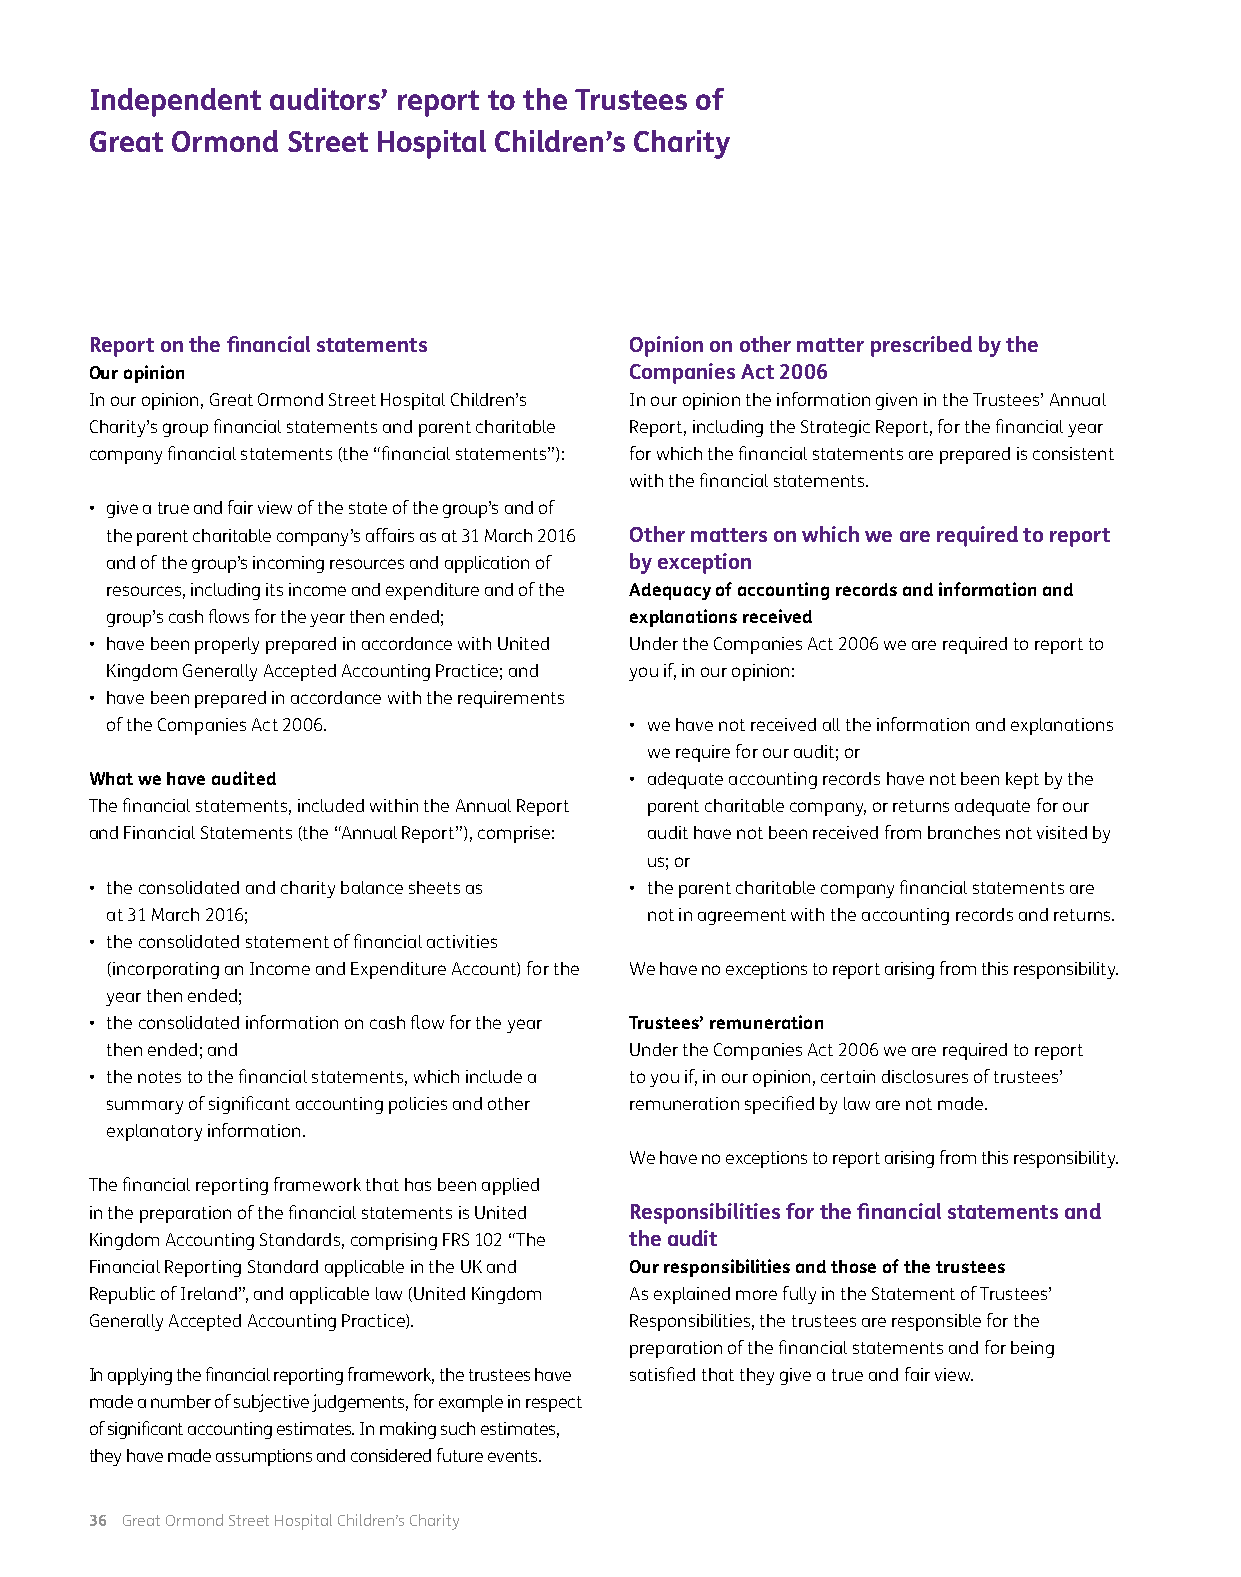
Independent auditors’ report to the Trustees of
 Great Ormond Street Hospital Children’s Charity
 Report on the financial statements  Opinion on other matter prescribed by the
 Our opinion                         Companies Act 2006
 In our opinion, Great Ormond Street Hospital Children’s In our opinion the information given in the Trustees’ Annual
 Charity’s group financial statements and parent charitable Report, including the Strategic Report, for the financial year
 company financial statements (the “financial statements”): for which the financial statements are prepared is consistent
 with the financial statements.
 • give a true and fair view of the state of the group’s and of
 the parent charitable company’s affairs as at 31 March 2016 Other matters on which we are required to report
 and of the group’s incoming resources and application of by exception
 resources, including its income and expenditure and of the Adequacy of accounting records and information and
 group’s cash flows for the year then ended; explanations received
 • have been properly prepared in accordance with United Under the Companies Act 2006 we are required to report to
 Kingdom Generally Accepted Accounting Practice; and you if, in our opinion:
 • have been prepared in accordance with the requirements
 of the Companies Act 2006.         • we have not received all the information and explanations
 we require for our audit; or
 What we have audited                • adequate accounting records have not been kept by the
 The financial statements, included within the Annual Report parent charitable company, or returns adequate for our
 and Financial Statements (the “Annual Report”), comprise: audit have not been received from branches not visited by
 us; or
 • the consolidated and charity balance sheets as • the parent charitable company financial statements are
 at 31 March 2016;                   not in agreement with the accounting records and returns.
 • the consolidated statement of financial activities
 (incorporating an Income and Expenditure Account) for the We have no exceptions to report arising from this responsibility.
 year then ended;
 • the consolidated information on cash flow for the year Trustees’ remuneration
 then ended; and                    Under the Companies Act 2006 we are required to report
 • the notes to the financial statements, which include a to you if, in our opinion, certain disclosures of trustees’
 summary of significant accounting policies and other remuneration specified by law are not made.
 explanatory information.
 We have no exceptions to report arising from this responsibility.
 The financial reporting framework that has been applied
 in the preparation of the financial statements is United Responsibilities for the financial statements and
 Kingdom Accounting Standards, comprising FRS 102 “The the audit
 Financial Reporting Standard applicable in the UK and Our responsibilities and those of the trustees
 Republic of Ireland”, and applicable law (United Kingdom As explained more fully in the Statement of Trustees’
 Generally Accepted Accounting Practice). Responsibilities, the trustees are responsible for the
 preparation of the financial statements and for being
 In applying the financial reporting framework, the trustees have satisfied that they give a true and fair view.
 made a number of subjective judgements, for example in respect
 of significant accounting estimates. In making such estimates,
 they have made assumptions and considered future events.
 36 Great Ormond Street Hospital Children’s Charity